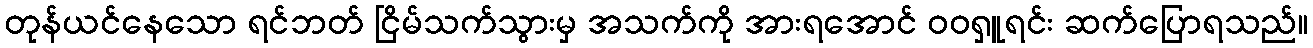
တုန်ယင်နေသော ရင်ဘတ် ငြိမ်သက်သွားမှ အသက်ကို အားရအောင် ဝဝရှူရင်း ဆက်ပြောရသည်။